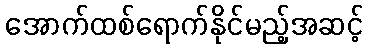
အောက်ထစ်ရောက်နိုင်မည့်အဆင့်